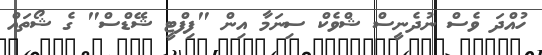
ހުއްދަ ވެސް ނުދެނީސް ޝްވެކް ސިނަމާ އިން "ފިފްޓީ ޝޭޑްސް" ގެ ޝޯތައް